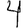
Digit: 4